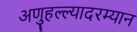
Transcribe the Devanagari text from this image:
अणुहल्ल्यादरम्यान